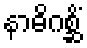
နာဓိဂစ္ဆိံ